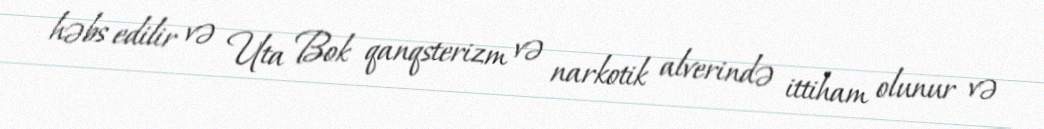
həbs edilir və Uta Bok qanqsterizm və narkotik alverində ittiham olunur və